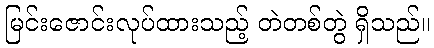
မြင်းဇောင်းလုပ်ထားသည့် တဲတစ်တွဲ ရှိသည်။